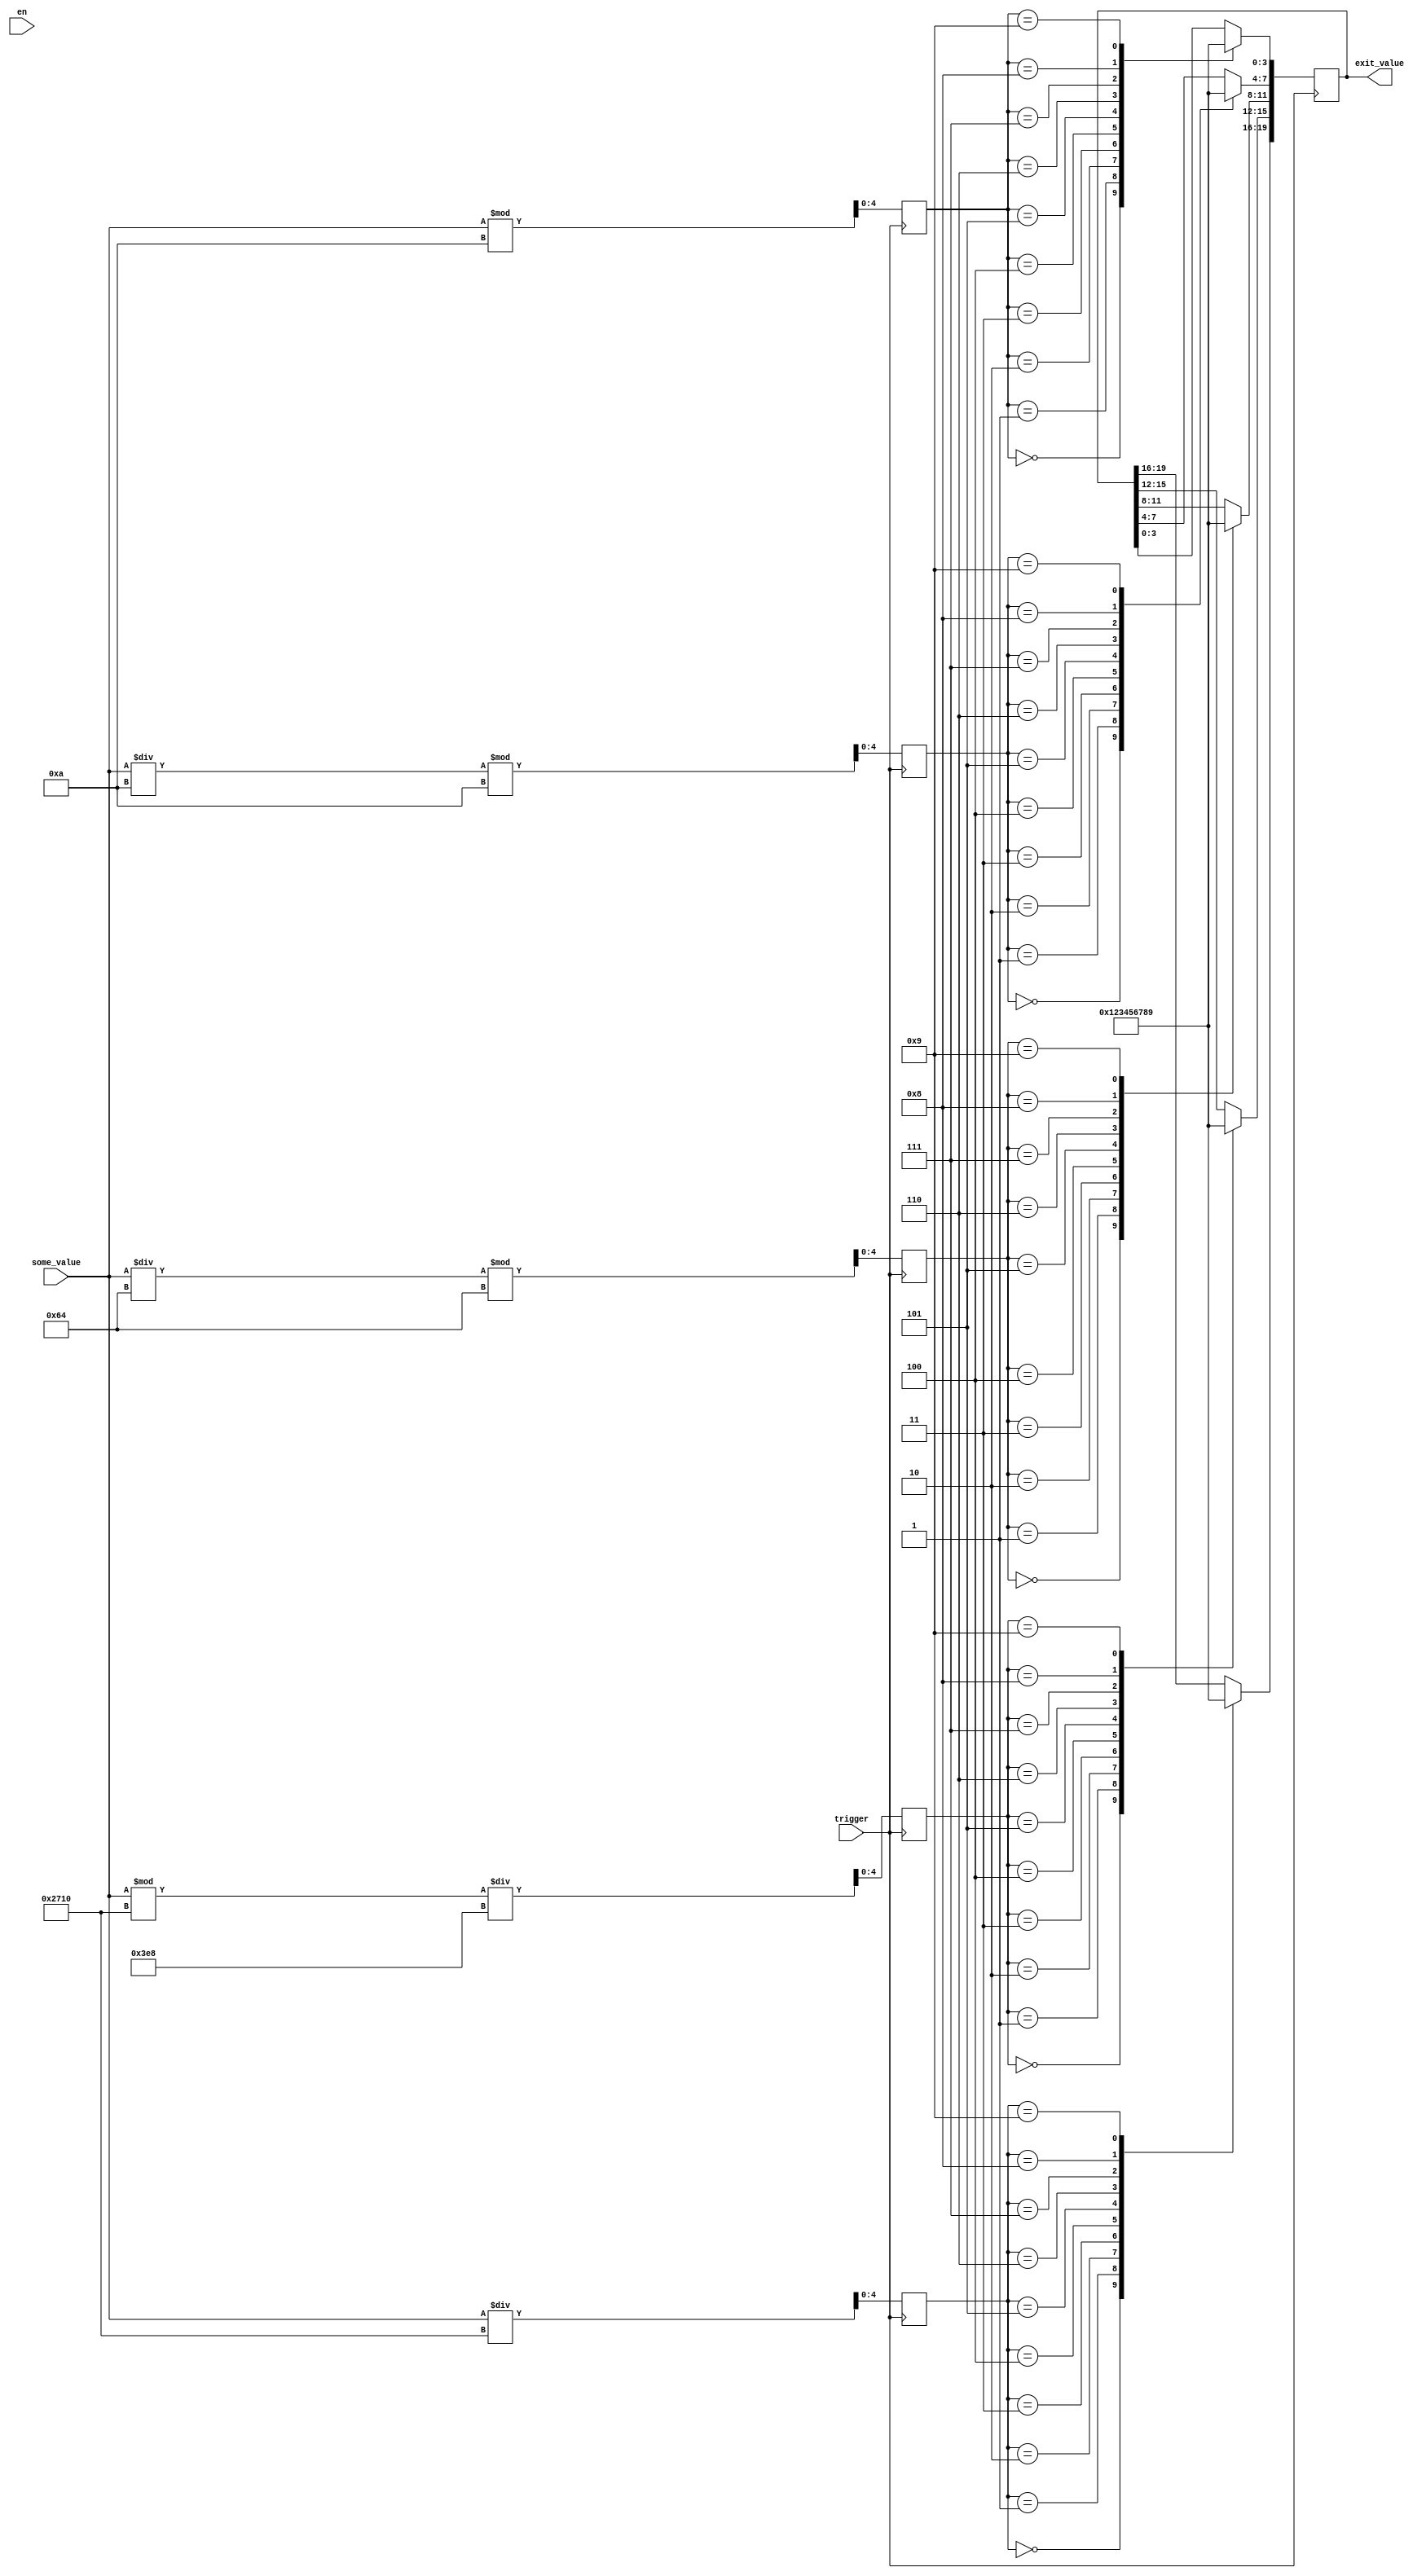
`timescale 1ns / 1ps
module until_99999_conventer(
    input [16:0] some_value, 
    input en,
    input trigger,
    output [19:0] exit_value
);
////////////////////////////////////////////////////////// 
reg [4:0] units, dozens, hundreds, thousands, tens_of_thousands;
reg [19:0] value;
//////////////////////////////////////////////////////////
assign exit_value = value;
//////////////////////////////////////////////////////////
always @(posedge trigger) begin
    units <= some_value % 10;
    dozens <= (some_value / 10) % 10;
    hundreds <= (some_value / 100) % 100;
    thousands <= (some_value % 10000) / 1000;
    tens_of_thousands <= some_value / 10000;
    //   
    case(units)
        4'd0: value[3:0] = 4'd0;
        4'd1: value[3:0] = 4'd1;
        4'd2: value[3:0] = 4'd2;
        4'd3: value[3:0] = 4'd3;
        4'd4: value[3:0] = 4'd4;
        4'd5: value[3:0] = 4'd5;
        4'd6: value[3:0] = 4'd6;
        4'd7: value[3:0] = 4'd7;
        4'd8: value[3:0] = 4'd8;
        4'd9: value[3:0] = 4'd9;
    endcase
    //   
    case(dozens)
        4'd0: value[7:4] = 4'd0;
        4'd1: value[7:4] = 4'd1;
        4'd2: value[7:4] = 4'd2;
        4'd3: value[7:4] = 4'd3;
        4'd4: value[7:4] = 4'd4;        
        4'd5: value[7:4] = 4'd5;
        4'd6: value[7:4] = 4'd6;
        4'd7: value[7:4] = 4'd7;
        4'd8: value[7:4] = 4'd8;
        4'd9: value[7:4] = 4'd9;
    endcase
    //   
    case(hundreds)
        4'd0: value[11:8] = 4'd0;
        4'd1: value[11:8] = 4'd1;
        4'd2: value[11:8] = 4'd2;
        4'd3: value[11:8] = 4'd3;
        4'd4: value[11:8] = 4'd4;
        4'd5: value[11:8] = 4'd5;
        4'd6: value[11:8] = 4'd6;
        4'd7: value[11:8] = 4'd7;
        4'd8: value[11:8] = 4'd8;
        4'd9: value[11:8] = 4'd9;
    endcase
    //   
    case(thousands)
        4'd0: value[15:12] = 4'd0;
        4'd1: value[15:12] = 4'd1;
        4'd2: value[15:12] = 4'd2;
        4'd3: value[15:12] = 4'd3;
        4'd4: value[15:12] = 4'd4;
        4'd5: value[15:12] = 4'd5;
        4'd6: value[15:12] = 4'd6;
        4'd7: value[15:12] = 4'd7;
        4'd8: value[15:12] = 4'd8;
        4'd9: value[15:12] = 4'd9;
    endcase
    //   
    case(tens_of_thousands)
        4'd0: value[19:16] = 4'd0;
        4'd1: value[19:16] = 4'd1;
        4'd2: value[19:16] = 4'd2;
        4'd3: value[19:16] = 4'd3;
        4'd4: value[19:16] = 4'd4;
        4'd5: value[19:16] = 4'd5;
        4'd6: value[19:16] = 4'd6;
        4'd7: value[19:16] = 4'd7;
        4'd8: value[19:16] = 4'd8;
        4'd9: value[19:16] = 4'd9;
    endcase
end
endmodule
//      . 
//        ,       ,
//    chars.v,        (  ROM )
//      15,       ROM -->    ,    .